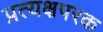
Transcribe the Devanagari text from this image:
प्रत्यक्षपरक